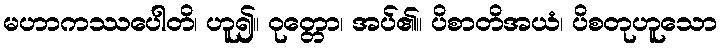
မဟာကဿပေါတိ၊ ဟူ၍။ ဝုတ္တော၊ အပ်၏။ ပိစာတိအယံ၊ ပိစတုဟူသော